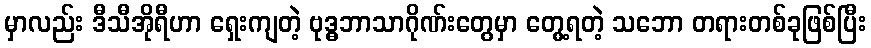
မှာလည်း ဒီသီအိုရီဟာ ရှေးကျတဲ့ ဗုဒ္ဓဘာသာဂိုဏ်းတွေမှာ တွေ့ရတဲ့ သဘော တရားတစ်ခုဖြစ်ပြီး